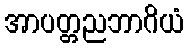
အာပတ္တညဘာဂိယံ